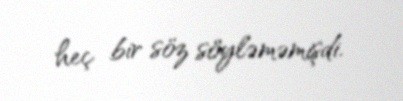
heç bir söz söyləməmişdi.